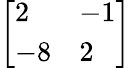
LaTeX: \left[{\begin{array}{ll}{2}&{-1}\\ {-8}&{2}\end{array}}\right]